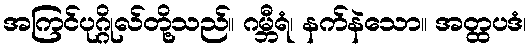
အကြင်ပုဂ္ဂိုလ်တို့သည်။ ဂမ္ဘီရံ၊ နက်နဲသော။ အတ္ထပဒံ၊